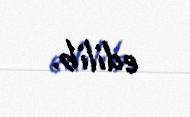
edilib.